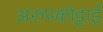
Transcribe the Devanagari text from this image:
अरुपकोट्टाई